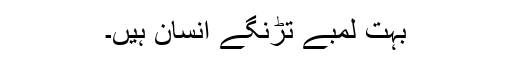
بہت لمبے تڑنگے انسان ہیں۔